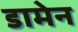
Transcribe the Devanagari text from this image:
डामेन